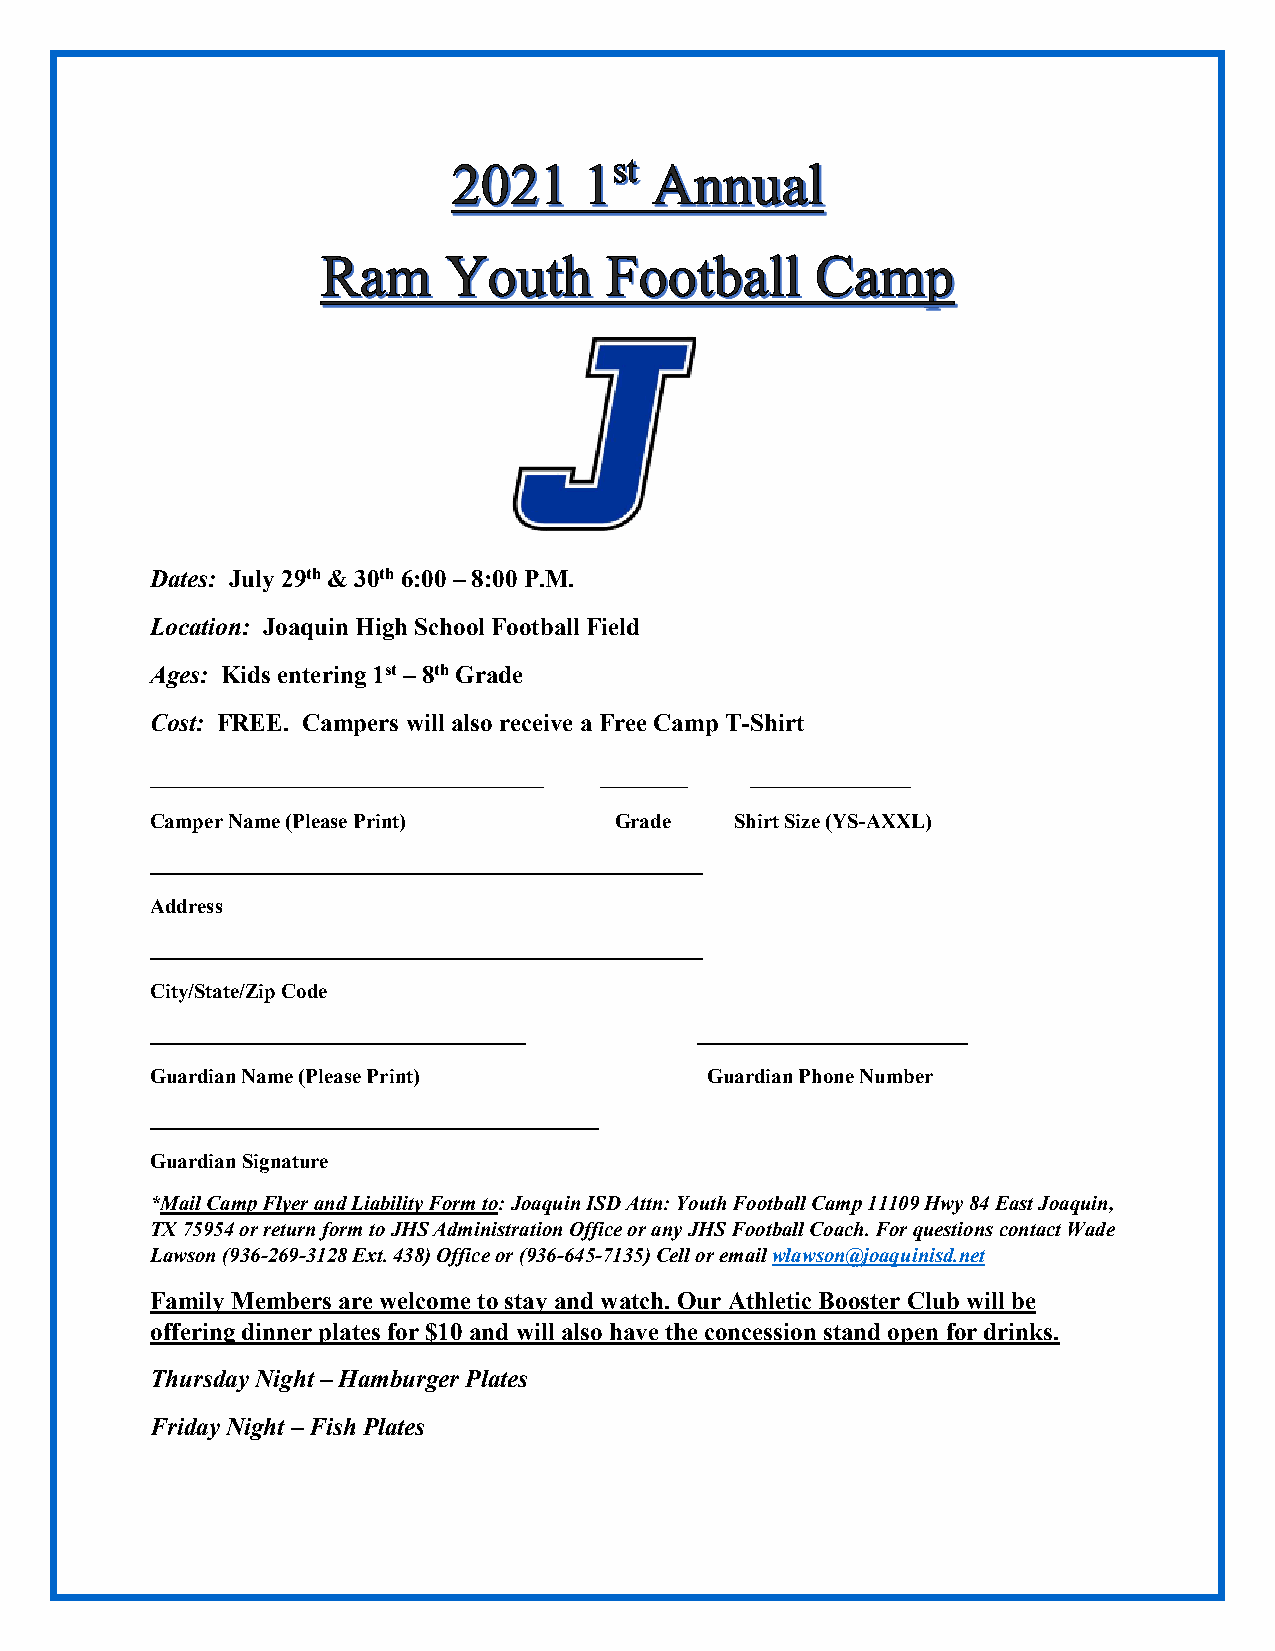
Dates: July 29th & 30th 6:00 – 8:00 P.M.
 Location: Joaquin High School Football Field
 Ages: Kids entering 1st – 8th Grade
 Cost: FREE. Campers will also receive a Free Camp T-Shirt
 ___________________________   ______    ___________
 Camper Name (Please Print)     Grade   Shirt Size (YS-AXXL)
 _____________________________________________________
 Address
 _____________________________________________________
 City/State/Zip Code
 ____________________________________ __________________________
 Guardian Name (Please Print)         Guardian Phone Number
 ___________________________________________
 Guardian Signature
 *Mail Camp Flyer and Liability Form to: Joaquin ISD Attn: Youth Football Camp 11109 Hwy 84 East Joaquin,
 TX 75954 or return form to JHS Administration Office or any JHS Football Coach. For questions contact Wade
 Lawson (936-269-3128 Ext. 438) Office or (936-645-7135) Cell or email wlawson@joaquinisd.net
 Family Members are welcome to stay and watch. Our Athletic Booster Club will be
 offering dinner plates for $10 and will also have the concession stand open for drinks.
 Thursday Night – Hamburger Plates
 Friday Night – Fish Plates